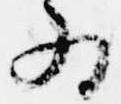
為